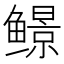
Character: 𬶱